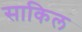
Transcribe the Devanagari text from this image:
साकिल